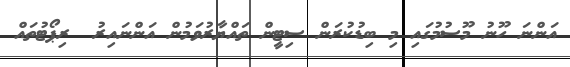
އަންނަ ހޫނު މޫސުމުގައި މި ބިޑުކުރަން ސިޓީން ތައްޔާރުވަމުން އަންނައިރު  ރިޕޯޓުތައް